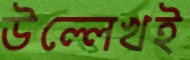
উল্লেখই